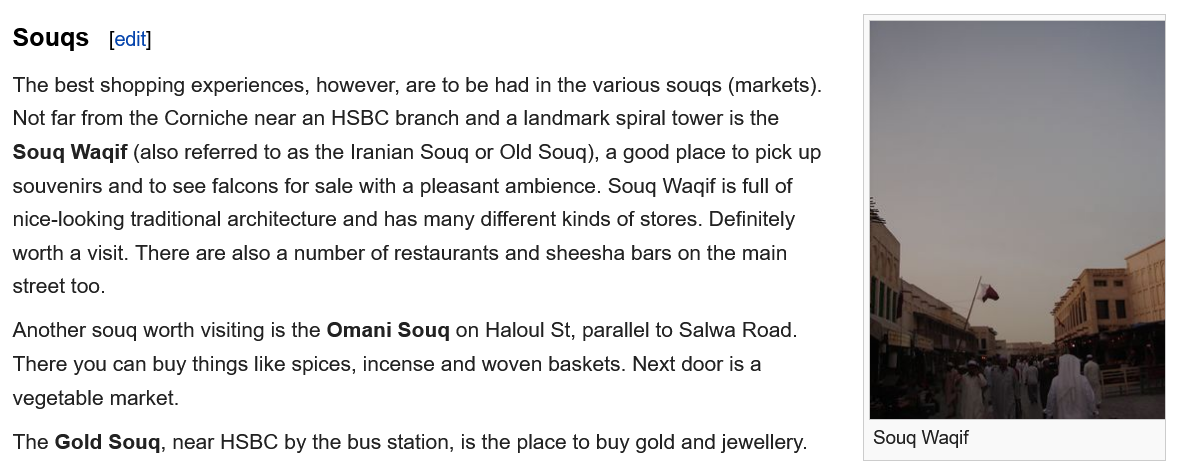
Souqs
  The best shopping experiences, however, are to be had in the various souqs (markets).
  Not far from the Corniche near an HSBC branch and a landmark spiral tower is the
  Souq  Wagif (also referred to as the Iranian Souq or Old Souq), a good place to pick up
  souvenirs and to see falcons for sale with a pleasant ambience. Souq Wagif is full of
  nice-looking traditional architecture and has many different kinds of stores. Definitely
  worth a visit. There are also a number of restaurants and sheesha bars on the main
  street too.
  Another sougq worth visiting is the Omani Souq on Haloul St, parallel to Salwa Road
  There you can buy things like spices, incense and woven baskets. Next door is a
  vegetable market.
  The Gold Souq,  near HSBC by the bus station, is the place to buy gold and jewellery.
     [edit]
     Souq Wagif